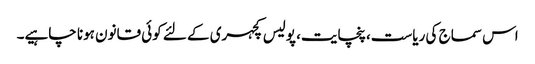
اس سماج کی ریاست، پنچایت، پولیس کچہری کے لئے کوئی قانون ہونا چاہیے۔